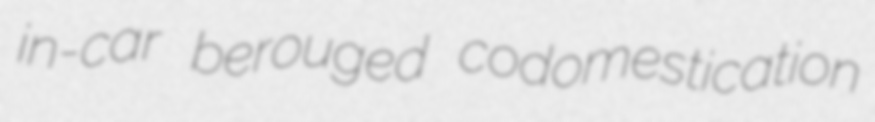
in-car berouged codomestication